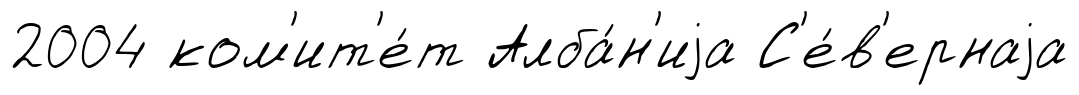
2004 ком'ит'е́т Алба́н'иjа С'е́в'ернаjа